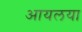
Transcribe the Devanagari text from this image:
आयलया